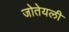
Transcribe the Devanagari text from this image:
जोतेयली